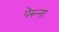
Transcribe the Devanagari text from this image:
पेरुन्ना